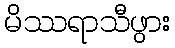
မိဿရာသီဖွား